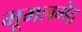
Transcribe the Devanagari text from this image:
मूमलमेंद्र